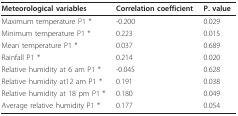
| Meteorological variables | Correlation coefficient | P. value |
 | --- | --- | --- |
 | Maximum temperature P1 * | -0.200 | 0.029 |
 | Minimum temperature P1 * | 0.223 | 0.015 |
 | Mean temperature P1 * | 0.037 | 0.689 |
 | Rainfall P1 * | 0.214 | 0.020 |
 | Relative humidity at 6 am P1 * | -0.045 | 0.628 |
 | Relative humidity at12 am P1 * | 0.191 | 0.038 |
 | Relative humidity at 18 pm P1 * | 0.180 | 0.049 |
 | Average relative humidity P1 * | 0.177 | 0.054 |